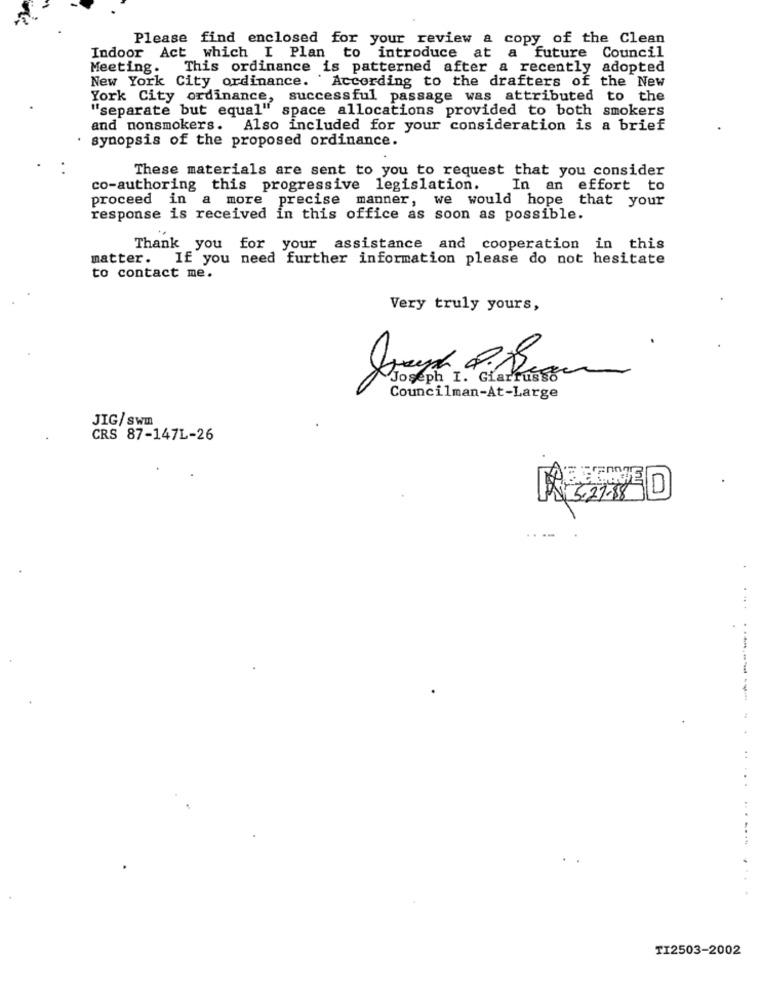
Please find enclosed for your review a copy of the Clean
Indoor Act which I Plan to introduce at a future Council
Meeting. This ordinance is patterned after a recently adopted
New York City ordinance. According to the drafters of the New
York City ordinance, successful passage was attributed to the
"separate but equal" space allocations provided to both smokers
and nonsmokers. Also included for your consideration is a brief
synopsis of the proposed ordinance.
These materials are sent to you to request that you consider
co-authoring this progressive legislation.
In an effort to
proceed in a more precise manner, we would hope that your
response is received in this office as soon as possible.
Thank you for your assistance and cooperation in this
matter. If you need further information please do not hesitate
to contact me.
Very truly yours,
Joseph I. Giarrusso
Councilman-At-Large
JIG/ Swm
CRS 87-147L-26
.. .
TI2503-2002